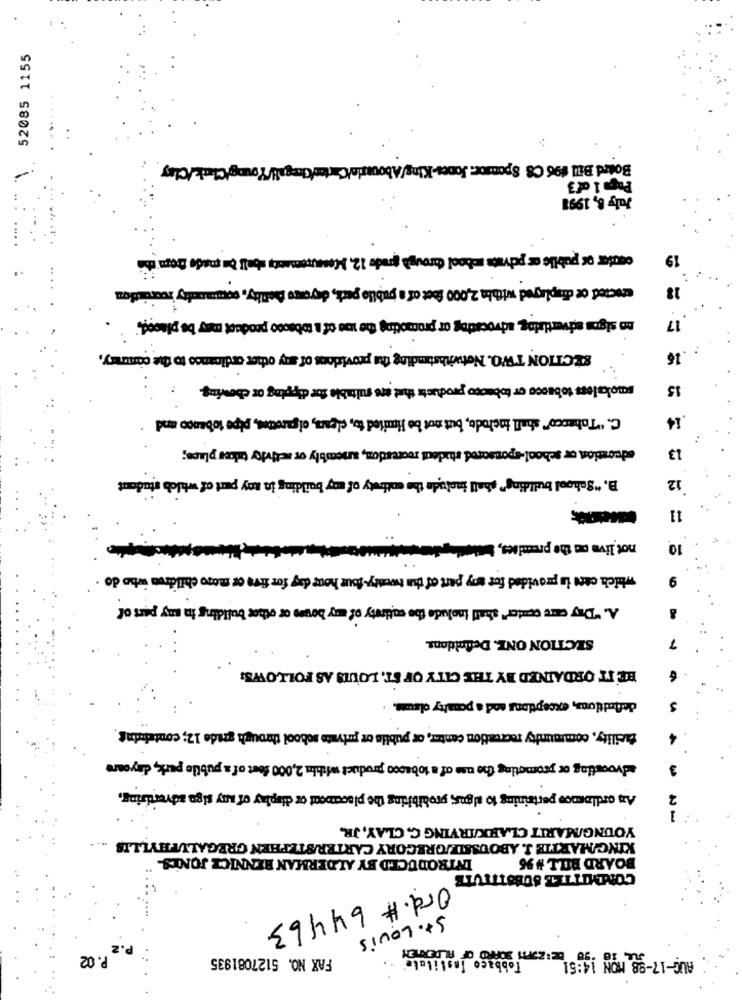
52085 1155
Page 1 of3
July 8, 1991
contar os public or private school arough trade 12. Messemento beli de modo Droga chi
19
excited be displayed withla 2,000 feet of a juble park, deyouse falty, community requistion
18
no signs advertising advocatog or promoting the use of i toooooo product may be placed."
17
SECTION TWO. Notwithstanding the provisions of any other ordinance to the conmary,
16
smokeless tobusco or tobacco products that are suitable for dipping or showing.
15
C. "Tobacco" shall instodo, but not be limited to, clean, of purcoton, pipe tobacco and
14
education or school-sponsored student recetados, anembly or activity takes place;
13
B. "School building" shall include the entirety of may building in any part of which student
12
11
not live on the premises, we
10
which cant is provided for any part of the twenty-four hour day for five or mogo children who do
9
A. "Thy care center" shall inolude the entirety of any boum or other building in any part of
SECTION ONE. Deffaldans.
7
HE IT ORDAINED BY THE CITY OF ST. LOUIS AS FOLLOWS:
6
defledtions, exceptions and a penalty olaute.
facility, community recreation center, or publis or private sobool through grade 12; containing
advoosting or promoting the use of a tobacco product within 2,000 feet of a publie park, dayoure
3
An ordinenoe pertaining to algos; prohibiing the placement or display of ary sigo advertising,
2
YOUNG/MARIT CLARKIRVING C. CLAY, JR.
KING MARTIE J. ABOUSSLE/GREGORY CARTER/STEPHEN GREGALUPHYLLIS
INTRODUCED BY ALDERMAN BENNICE JONES-
BOARD BILL # 96
COMMITTEL SUBSTITUTE
Ord. # 64463
St. Louis
BE ZOPH SOPRO OF ALDEREN
P. 02
FAX NO. 5127081935
Tobbaco Institute
AUG-17-98 MON 14:51